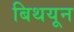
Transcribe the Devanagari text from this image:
बिथयून